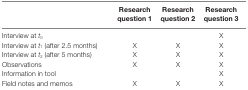
<table><thead><tr><td></td><td><b>Research question 1</b></td><td><b>Research question 2</b></td><td><b>Research question 3</b></td></tr></thead><tbody><tr><td>Interview at <i>t</i><sub>0</sub></td><td></td><td></td><td>X</td></tr><tr><td>Interview at <i>t</i><sub>1</sub> (after 2.5 months)</td><td>X</td><td>X</td><td>X</td></tr><tr><td>Interview at <i>t</i><sub>2</sub> (after 5 months)</td><td>X</td><td>X</td><td>X</td></tr><tr><td>Observations</td><td>X</td><td>X</td><td>X</td></tr><tr><td>Information in tool</td><td></td><td></td><td>X</td></tr><tr><td>Field notes and memos</td><td>X</td><td>X</td><td>X</td></tr></tbody></table>